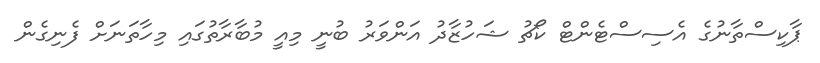
ޕާކިސްތާނުގެ އެސިސްޓެންޓް ކޯޗު ޝަހުޒާދު އަންވަރު ބުނީ މިއީ މުބާރާތުގައި މިހާތަނަށް ފެނިގެން